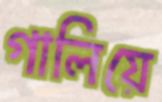
গালিয়ে